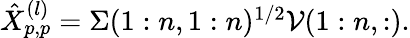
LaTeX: \begin{array}{r}{\hat{X}_{p,p}^{(l)}=\Sigma(1:n,1:n)^{1/2}\mathcal{V}(1:n,:).}\end{array}